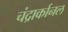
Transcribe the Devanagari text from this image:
चंद्रार्कानल